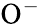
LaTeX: \mathrm{O^{-}}